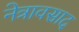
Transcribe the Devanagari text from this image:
नेत्रावसाद